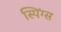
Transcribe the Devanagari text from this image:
स्पिंग्स